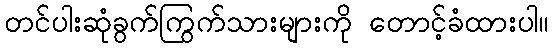
တင်ပါးဆုံခွက်ကြွက်သားများကို တောင့်ခံထားပါ။